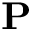
\mathbf { P }